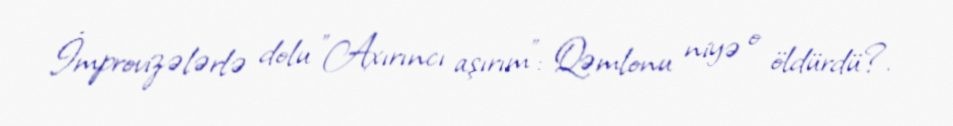
İmprovizələrlə dolu "Axırıncı aşırım": Qəmlonu niyə o öldürdü?.